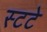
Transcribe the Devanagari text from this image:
स्टटे